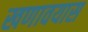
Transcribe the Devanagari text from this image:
खणावयास